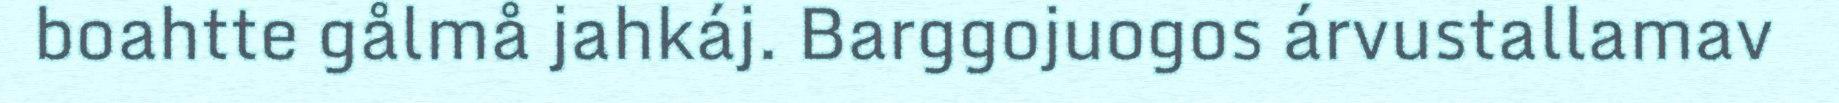
boahtte gålmå jahkáj. Barggojuogos árvustallamav